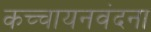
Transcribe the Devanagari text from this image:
कच्चायनवंदना